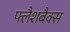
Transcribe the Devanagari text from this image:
फ्लैशबैक्स